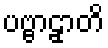
ပဗ္ဗာဠှာတိ